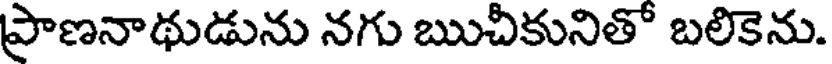
ప్రాణనాథుడును నగు ఋచీకునితో బలికెను.